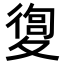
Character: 𡕴